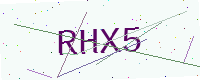
Text: RHX5